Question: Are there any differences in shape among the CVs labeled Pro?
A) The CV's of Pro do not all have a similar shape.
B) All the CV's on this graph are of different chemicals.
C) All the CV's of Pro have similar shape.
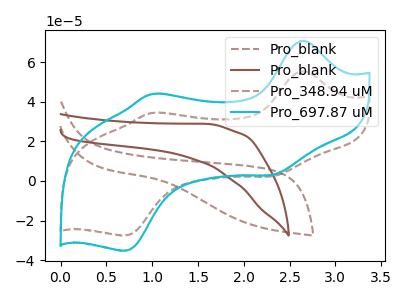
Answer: <think>The brown dashed curve "Pro_blank" has no peaks. The brown curve "Pro_blank" has no peaks. The brown dashed curve "Pro_348.94 uM" has anodic peaks at (2.65V, 55.35uA) (1.00V, 34.35uA) and cathodic peaks at (2.30V, 2.40uA) (0.70V, -27.55uA). The cyan curve "Pro_697.87 uM" has anodic peaks at (2.65V, 70.75uA) (1.00V, 43.95uA) and cathodic peaks at (2.30V, 3.05uA) (0.70V, -35.20uA).
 Neither "Pro_blank" or "Pro_blank" have any peaks. "Pro_blank" and "Pro_348.94 uM" have a different number of peaks. "Pro_blank" and "Pro_697.87 uM" have a different number of peaks. "Pro_blank" and "Pro_348.94 uM" have a different number of peaks. "Pro_blank" and "Pro_697.87 uM" have a different number of peaks. All the peaks in "Pro_348.94 uM" have a peak in "Pro_697.87 uM" at the same potential.</think>
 <answer>C) All the CV's of "Pro" have similar shape.</answer>
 <eval>C</eval>